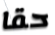
حقا